Calcutta medical institutions reports 1871-78
Year: 1871
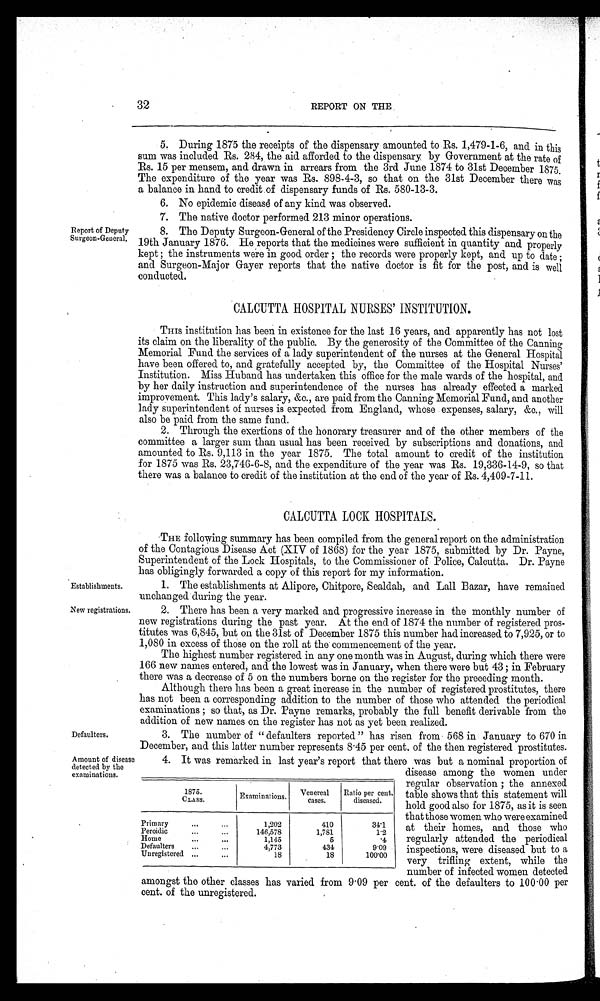
32
REPORT ON THE
5. During 1875 the receipts of the dispensary amounted to Rs. 1,479-1-6, and in this
sum was included Rs. 284, the aid afforded to the dispensary by Government at the rate of
Rs. 15 per mensem, and drawn in arrears from the 3rd June 1874 to 31st December 1875.
The expenditure of the year was Rs. 898-4-3, so that on the 31st December there was
a balance in hand to credit of dispensary funds of Rs. 580-13-3.
6. No epidemic disease of any kind was observed.
7. The native doctor performed 213 minor operations.
Report of Deputy
8. The Deputy Surgeon-General of the Presidency Circle inspected this dispensary on the
Surgeon-General. 19th January 1876. He reports that the medicines were sufficient in quantity and properly
kept ; the instruments were in good order ; the records were properly kept, and up to date ;
and Surgeon-Major Gayer reports that the native doctor is fit for the post, and is well
conducted.
CALCUTTA HOSPITAL NURSES' INSTITUTION.
THIS institution has been in existence for the last 16 years, and apparently has not lost
its claim on the liberality of the public. By the generosity of the Committee of the Canning
Memorial Fund the services of a lady superintendent of the nurses at the General Hospital
have been offered to, and gratefully accepted by, the Committee of the Hospital Nurses'
Institution. Miss Huband has undertaken this office for the male wards of the hospital, and
by her daily instruction and superintendence of the nurses has already effected a marked
improvement. This lady's salary, &c., are paid from the Canning Memorial Fund, and another
lady superintendent of nurses is expected from England, whose expenses, salary, &c., will
also be paid from the same fund.
2. Through the exertions of the honorary treasurer and of the other members of the
committee a larger sum than usual has been received by subscriptions and donations, and
amounted to Rs. 9,113 in the year 1875. The total amount to credit of the institution
for 1875 was Rs. 23,746-6-8, and the expenditure of the year was Rs. 19,336-14-9, so that
there was a balance to credit of the institution at the end of the year of Rs. 4,409-7-11.
CALCUTTA LOCK HOSPITALS.
THE following summary has been compiled from the general report on the administration
of the Contagious Disease Act (XIV of 1868) for the year 1875, submitted by Dr. Payne,
Superintendent of the Lock Hospitals, to the Commissioner of Police, Calcutta. Dr. Payne
has obligingly forwarded a copy of this report for my information.
Establishments.
1. The establishments at Alipore, Chitpore, Sealdah, and Lall Bazar, have remained
unchanged during the year.
New registrations.
2. There has been a very marked and progressive increase in the monthly number of
new registrations during the past year. At the end of 1874 the number of registered pros
-titutes was 6,845, but on the 31st of December 1875 this number had increased to 7,925, or to
1,080 in excess of those on the roll at the commencement of the year.
The highest number registered in any one month was in August, during which there were
166 new names entered, and the lowest was in January, when there were but 43 ; in February
there was a decrease of 5 on the numbers borne on the register for the preceding month.
Although there has been a great increase in the number of registered prostitutes, there
has not been a corresponding addition to the number of those who attended the periodical
examinations ; so that, as Dr. Payne remarks, probably the full benefit derivable from the
addition of new names on the register has not as yet been realized.
Defaulters.
3. The number of " defaulters reported " has risen from 568 in January to 670 in
December, and this latter number represents 8.45 per cent, of the then registered prostitutes.
Amount of disease
detected by the
examinations.
4. It was remarked in last year's report that there was but a nominal proportion of
disease among the women under
regular observation ; the annexed
table shows that this statement will
hold good also for 1875, as it is seen
that those women who were examined
at their homes, and those who
regularly attended the periodical
inspections, were diseased but to a
very trifling extent, while the
number of infected women detected
amongst the other classes has varied from 9 . 09 per cent. of the defaulters to 100.00 per
cent. of the unregistered.
1875.
CLASS.
Examinations. Venereal
cases.
Ratio per cent.
diseased.
Primary
1,202
410
34.1
Peroidic
146,578
1,781
1.2
Home
1,145
5
.4
Defaulters
4,773
434
9.09
Unregistered
18
18
100.00